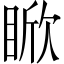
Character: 𪾯